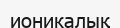
ионикалық